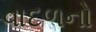
વાદળનો